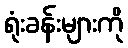
ရုံးခန်းများကို